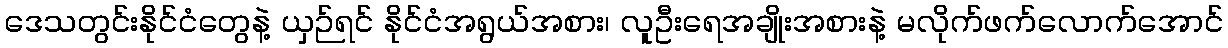
ဒေသတွင်းနိုင်ငံတွေနဲ့ ယှဉ်ရင် နိုင်ငံအရွယ်အစား၊ လူဦးရေအချိုးအစားနဲ့ မလိုက်ဖက်လောက်အောင်